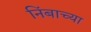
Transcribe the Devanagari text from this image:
निंबाच्या